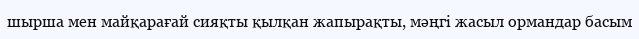
шырша мен майқарағай сияқты қылқан жапырақты, мәңгі жасыл ормандар басым